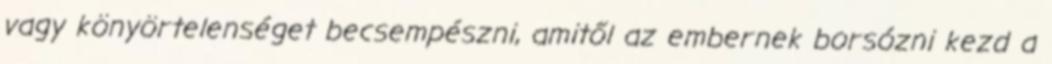
vagy könyörtelenséget becsempészni, amitől az embernek borsózni kezd a